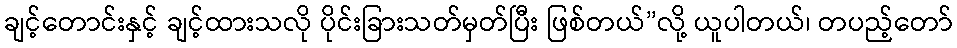
ချင့်တောင်းနှင့် ချင့်ထားသလို ပိုင်းခြားသတ်မှတ်ပြီး ဖြစ်တယ်”လို့ ယူပါတယ်၊ တပည့်တော်